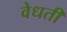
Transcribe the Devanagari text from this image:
वेधती